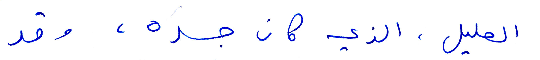
العليل، الذي كان جسده، وقد